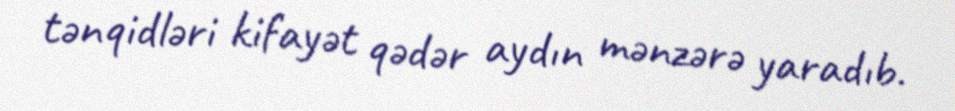
tənqidləri kifayət qədər aydın mənzərə yaradıb.